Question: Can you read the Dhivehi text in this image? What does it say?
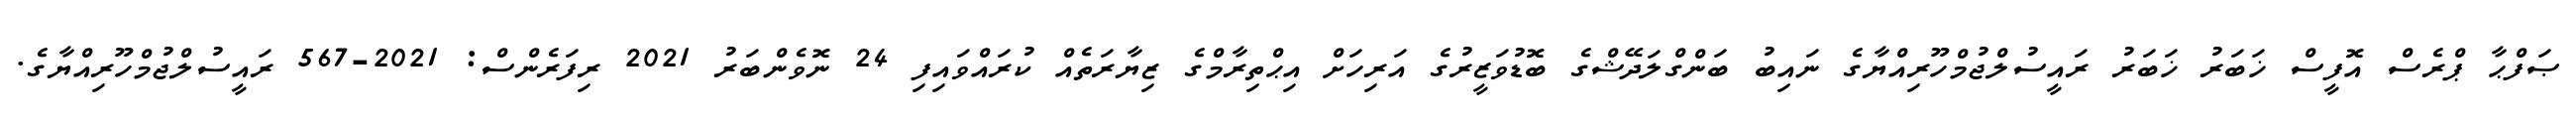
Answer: ޞަފްޙާ ޕްރެސް އޮފީސް ޚަބަރު ޚަބަރު ރައީސުލްޖުމްހޫރިއްޔާގެ ނައިބު ބަންގްލަދޭޝްގެ ބޮޑުވަޒީރުގެ އަރިހަށް އިޙްތިރާމްގެ ޒިޔާރަތެއް ކުރައްވައިފި 24 ނޮވެންބަރު 2021 ރިފަރެންސް: 2021-567 ރައީސުލްޖުމްހޫރިއްޔާގެ.